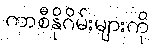
ကာစီနိုဂိမ်းများကို